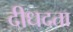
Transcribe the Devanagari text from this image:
दीधदता